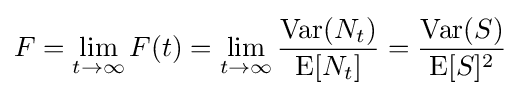
F=\lim _{t\to \infty }F(t)=\lim _{t\to \infty }{\frac {\operatorname {Var} (N_{t})}{\operatorname {E} [N_{t}]}}={\frac {\operatorname {Var} (S)}{\operatorname {E} [S]^{2}}}